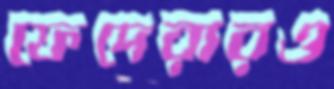
ফেদেরারও